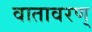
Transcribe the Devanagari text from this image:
वातावरण्